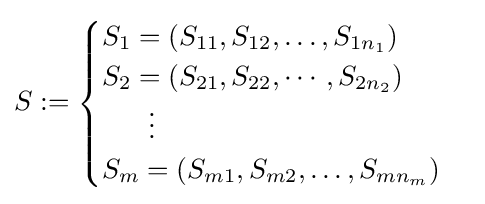
S:={\begin{cases}S_{1}=(S_{11},S_{12},\ldots ,S_{1n_{1}})\\S_{2}=(S_{21},S_{22},\cdots ,S_{2n_{2}})\\\,\,\,\,\,\,\,\,\,\,\vdots \\S_{m}=(S_{m1},S_{m2},\ldots ,S_{mn_{m}})\end{cases}}